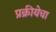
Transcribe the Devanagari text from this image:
प्रक्रीयेचा